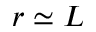
r \simeq L